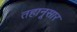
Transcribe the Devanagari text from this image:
तहानूसार